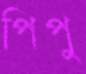
পিপু